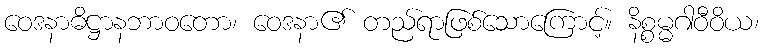
ဝေဒနာဓိဋ္ဌာနဘာဝတော၊ ဝေဒနာ၏ တည်ရာဖြစ်သောကြောင့်။ နိစ္စမ္မဂါဝီဝိယ၊